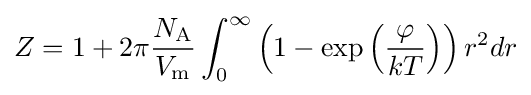
Z=1+2\pi {\frac {N_{\text{A}}}{V_{\text{m}}}}\int _{0}^{\infty }\left(1-\exp \left({\frac {\varphi }{kT}}\right)\right)r^{2}dr